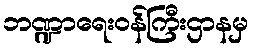
ဘဏ္ဍာရေးဝန်ကြီးဌာနမှ